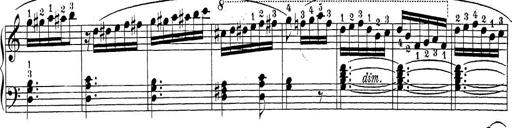
Title: Sonatina Album
Composer: Louis KÃ¶hler